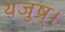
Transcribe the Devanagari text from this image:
यजुष्।